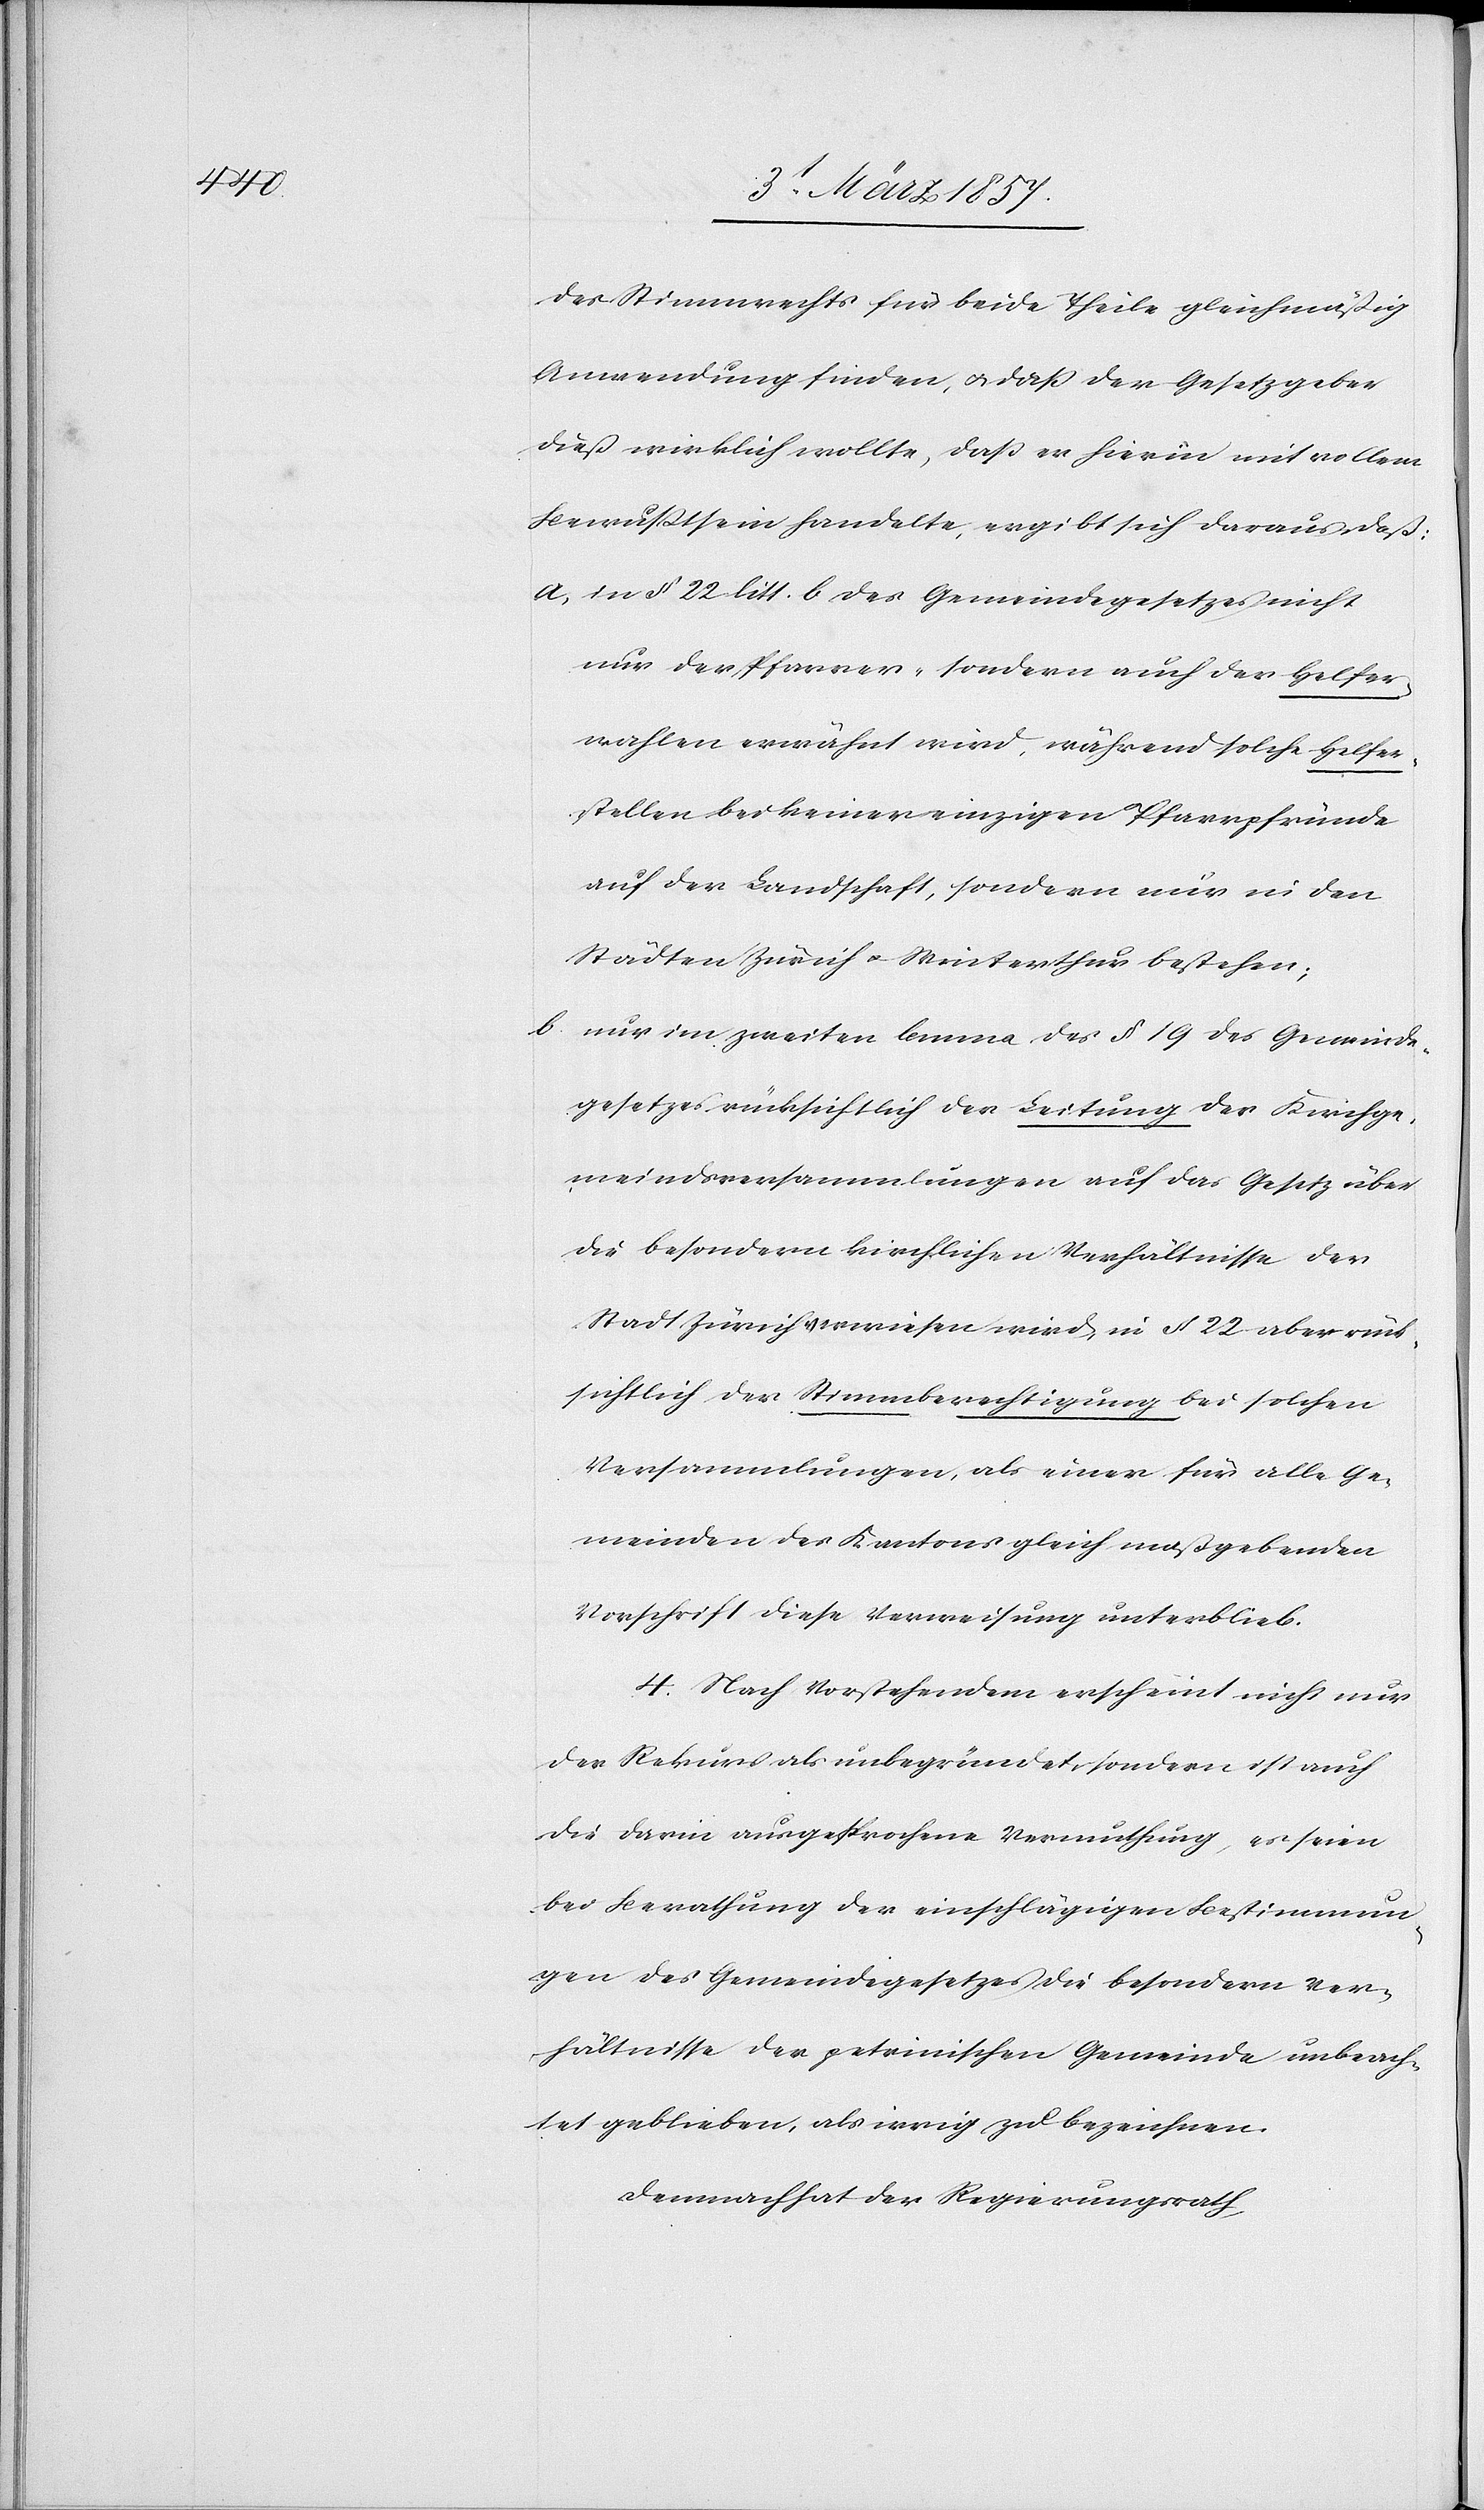
des Stimmrechts für beide Theile gleichmäßig
Anwendung finden, u. daß der Gesetzgeber
dieß wirklich wollte, daß er hierin mit vollem
Bewußtsein handelte, ergibt sich daraus daß:
a. in § 22 litt. b des Gemeindegesetzes nicht
nur der Pfarrer- sondern auch der Helfer¬
wahlen erwähnt wird, während solche Helfer¬
stellen bei keiner einzigen Pfarrpfründe
auf der Landschaft, sondern nur in den
Städten Zürich u. Winterthur bestehen;
b. nur im zweiten lemma des § 19 des Gemeinde¬
gesetzes rücksichtlich der Leitung der Kirchge¬
meindsversammlungen auf das Gesetz über
die besondern kirchlichen Verhältnisse der
Stadt Zürich verwiesen wird in § 22 aber rück¬
sichtlich der Stimmberechtigung bei solchen
Versammlungen, als einer für alle Ge¬
meinden des Kantons gleich maßgebenden
Vorschrift diese Verweisung unterblieb.
4. Nach Vorstehendem erscheint nicht nur
der Rekurs als unbegründet, sondern ist auch
die darin ausgesprochene Vermuthung, es seien
bei Berathung der einschlägigen Bestimmun¬
gen des Gemeindegesetzes die besondern Ver¬
hältnisse der petrinischen Gemeinde unbeach¬
tet geblieben, als irrig zu bezeichnen.
Demnach hat der Regierungsrath